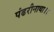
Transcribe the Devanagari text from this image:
पंढरीनाथा।।